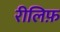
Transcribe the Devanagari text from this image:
रीलिफ़